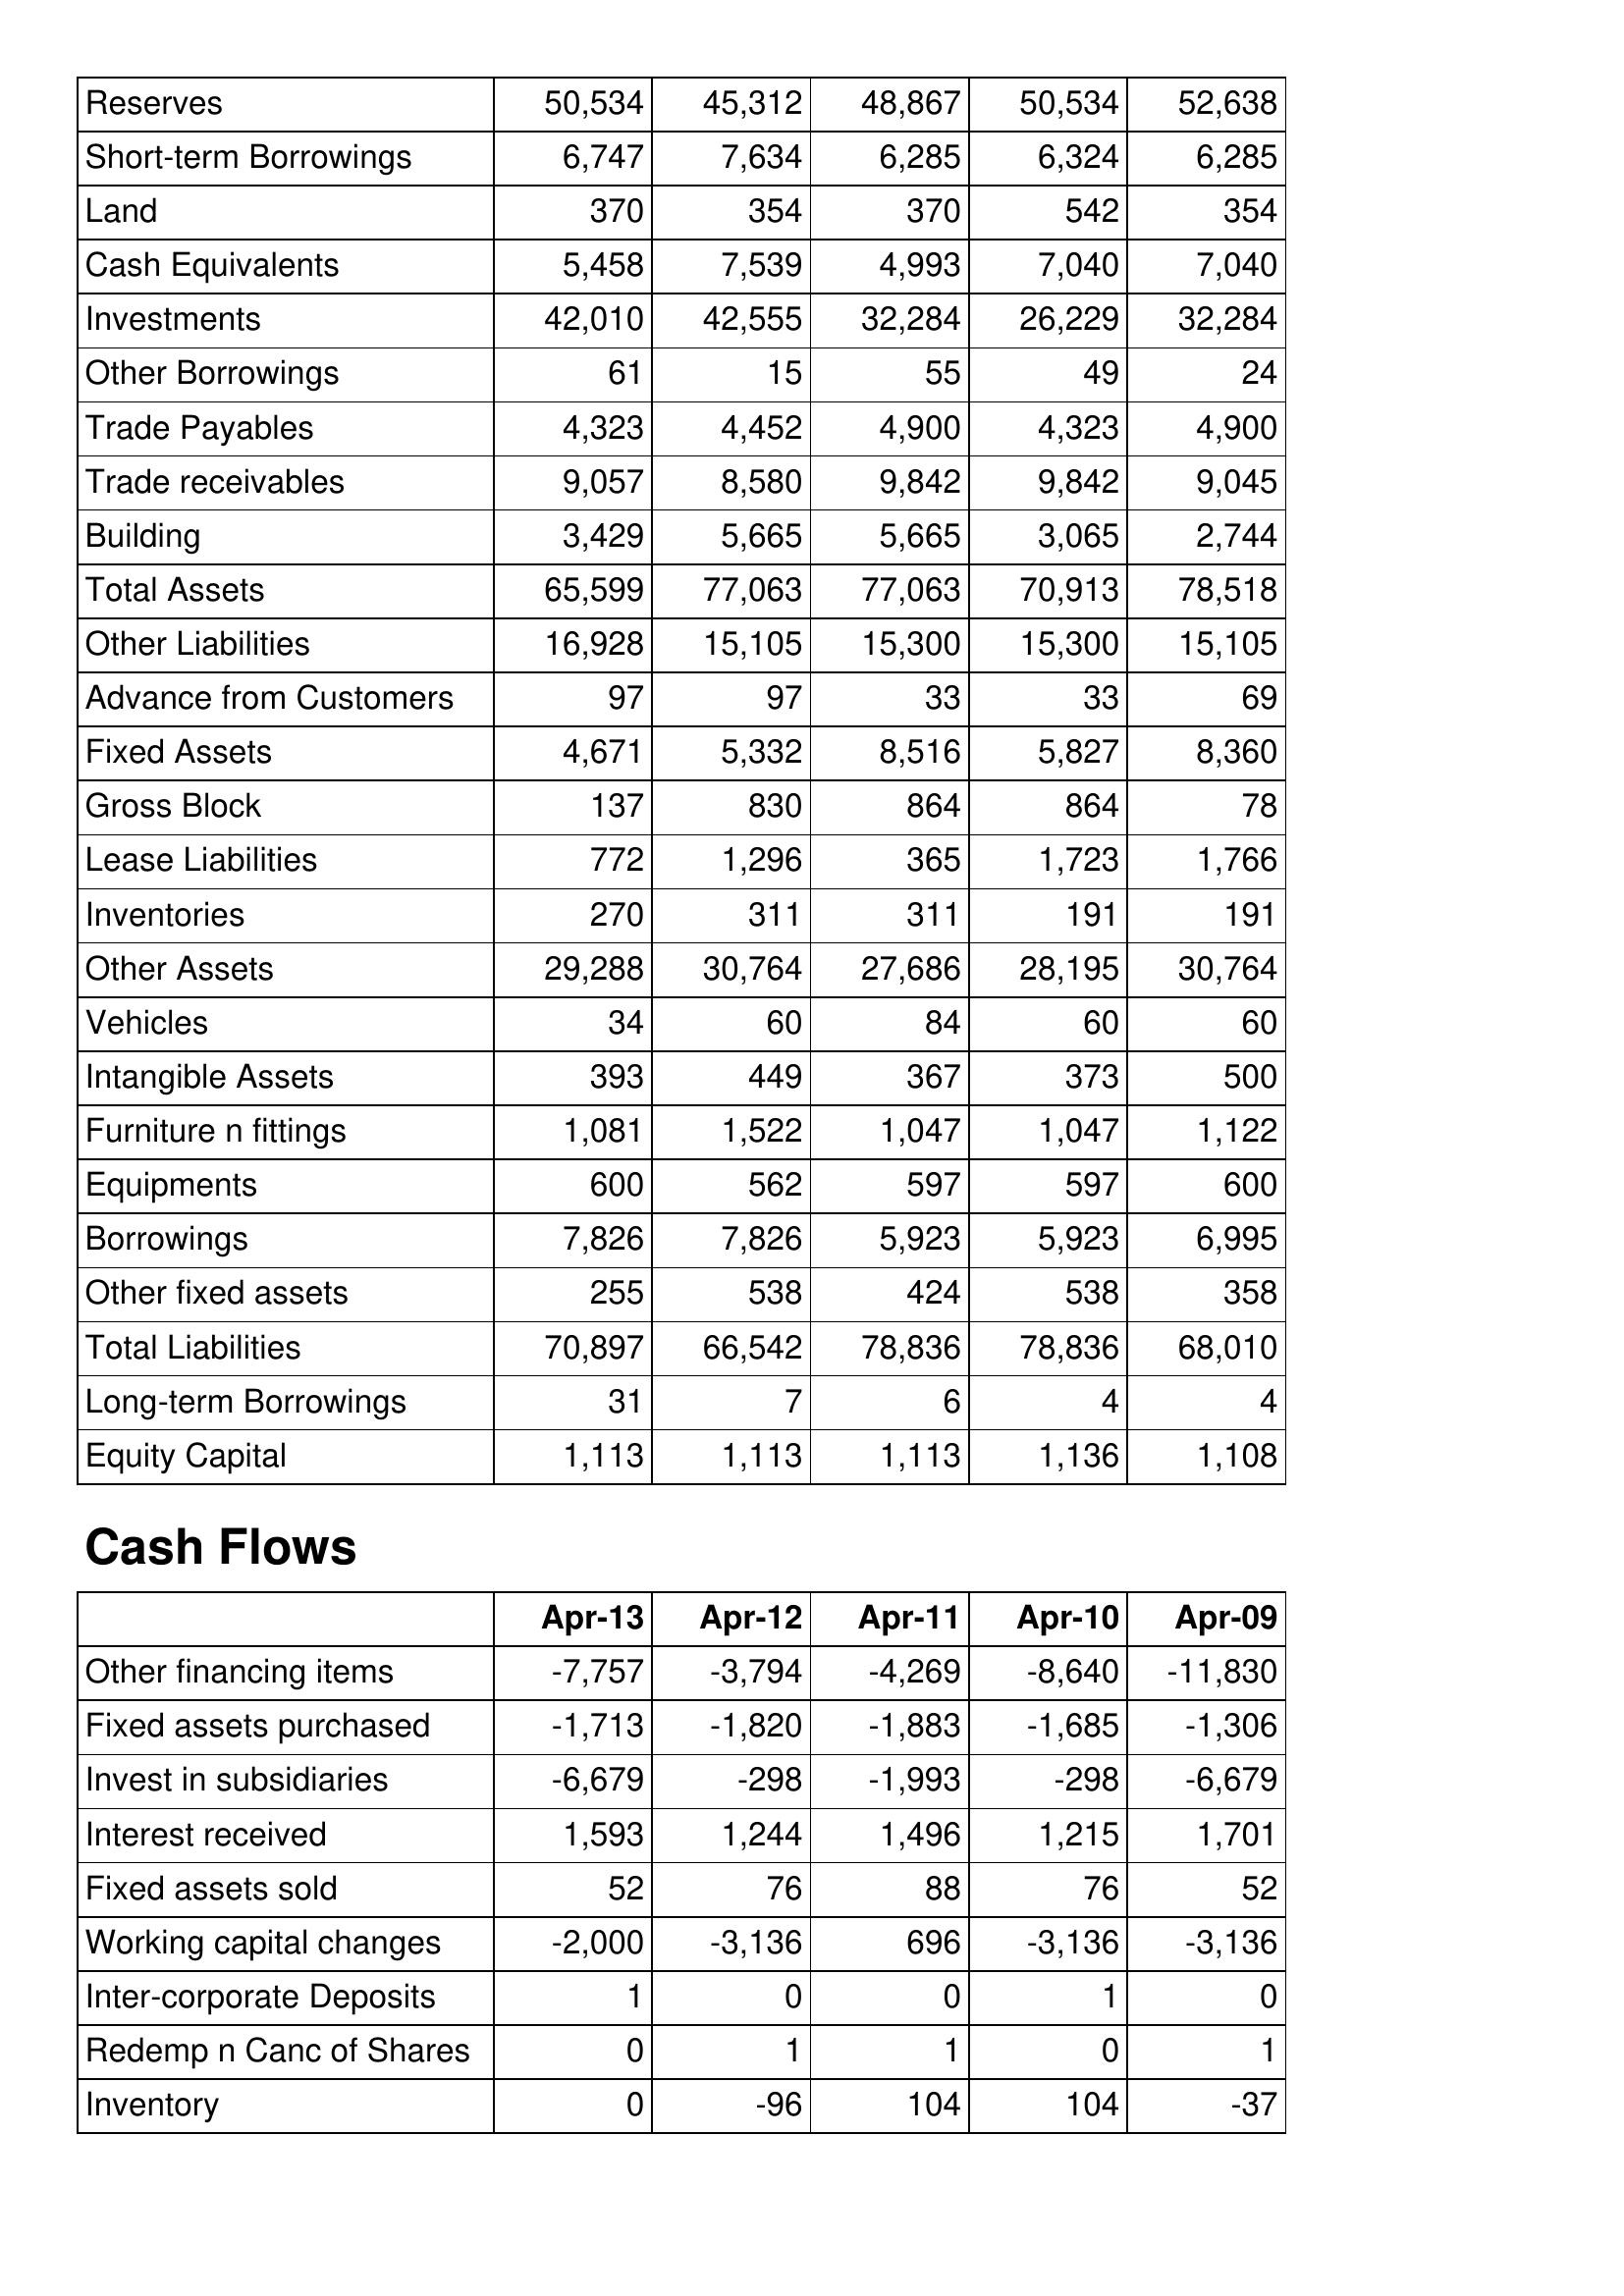
Apr-13: Balance Sheet: Reserves: 50,534
Short-term Borrowings: 6,747
Land: 370
Cash Equivalents: 5,458
Investments: 42,010
Other Borrowings: 61
Trade Payables: 4,323
Trade receivables: 9,057
Building: 3,429
Total Assets: 65,599
Other Liabilities: 16,928
Advance from Customers: 97
Fixed Assets: 4,671
Gross Block: 137
Lease Liabilities: 772
Inventories: 270
Other Assets: 29,288
Vehicles: 34
Intangible Assets: 393
Furniture n fittings: 1,081
Equipments: 600
Borrowings: 7,826
Other fixed assets: 255
Total Liabilities: 70,897
Long-term Borrowings: 31
Equity Capital: 1,113
Cash Flows: Other financing items: -7,757
Fixed assets purchased: -1,713
Invest in subsidiaries: -6,679
Interest received: 1,593
Fixed assets sold: 52
Working capital changes: -2,000
Inter-corporate Deposits: 1
Redemp n Canc of Shares: 0
Inventory: 0
Apr-12: Balance Sheet: Reserves: 45,312
Short-term Borrowings: 7,634
Land: 354
Cash Equivalents: 7,539
Investments: 42,555
Other Borrowings: 15
Trade Payables: 4,452
Trade receivables: 8,580
Building: 5,665
Total Assets: 77,063
Other Liabilities: 15,105
Advance from Customers: 97
Fixed Assets: 5,332
Gross Block: 830
Lease Liabilities: 1,296
Inventories: 311
Other Assets: 30,764
Vehicles: 60
Intangible Assets: 449
Furniture n fittings: 1,522
Equipments: 562
Borrowings: 7,826
Other fixed assets: 538
Total Liabilities: 66,542
Long-term Borrowings: 7
Equity Capital: 1,113
Cash Flows: Other financing items: -3,794
Fixed assets purchased: -1,820
Invest in subsidiaries: -298
Interest received: 1,244
Fixed assets sold: 76
Working capital changes: -3,136
Inter-corporate Deposits: 0
Redemp n Canc of Shares: 1
Inventory: -96
Apr-11: Balance Sheet: Reserves: 48,867
Short-term Borrowings: 6,285
Land: 370
Cash Equivalents: 4,993
Investments: 32,284
Other Borrowings: 55
Trade Payables: 4,900
Trade receivables: 9,842
Building: 5,665
Total Assets: 77,063
Other Liabilities: 15,300
Advance from Customers: 33
Fixed Assets: 8,516
Gross Block: 864
Lease Liabilities: 365
Inventories: 311
Other Assets: 27,686
Vehicles: 84
Intangible Assets: 367
Furniture n fittings: 1,047
Equipments: 597
Borrowings: 5,923
Other fixed assets: 424
Total Liabilities: 78,836
Long-term Borrowings: 6
Equity Capital: 1,113
Cash Flows: Other financing items: -4,269
Fixed assets purchased: -1,883
Invest in subsidiaries: -1,993
Interest received: 1,496
Fixed assets sold: 88
Working capital changes: 696
Inter-corporate Deposits: 0
Redemp n Canc of Shares: 1
Inventory: 104
Apr-10: Balance Sheet: Reserves: 50,534
Short-term Borrowings: 6,324
Land: 542
Cash Equivalents: 7,040
Investments: 26,229
Other Borrowings: 49
Trade Payables: 4,323
Trade receivables: 9,842
Building: 3,065
Total Assets: 70,913
Other Liabilities: 15,300
Advance from Customers: 33
Fixed Assets: 5,827
Gross Block: 864
Lease Liabilities: 1,723
Inventories: 191
Other Assets: 28,195
Vehicles: 60
Intangible Assets: 373
Furniture n fittings: 1,047
Equipments: 597
Borrowings: 5,923
Other fixed assets: 538
Total Liabilities: 78,836
Long-term Borrowings: 4
Equity Capital: 1,136
Cash Flows: Other financing items: -8,640
Fixed assets purchased: -1,685
Invest in subsidiaries: -298
Interest received: 1,215
Fixed assets sold: 76
Working capital changes: -3,136
Inter-corporate Deposits: 1
Redemp n Canc of Shares: 0
Inventory: 104
Apr-09: Balance Sheet: Reserves: 52,638
Short-term Borrowings: 6,285
Land: 354
Cash Equivalents: 7,040
Investments: 32,284
Other Borrowings: 24
Trade Payables: 4,900
Trade receivables: 9,045
Building: 2,744
Total Assets: 78,518
Other Liabilities: 15,105
Advance from Customers: 69
Fixed Assets: 8,360
Gross Block: 78
Lease Liabilities: 1,766
Inventories: 191
Other Assets: 30,764
Vehicles: 60
Intangible Assets: 500
Furniture n fittings: 1,122
Equipments: 600
Borrowings: 6,995
Other fixed assets: 358
Total Liabilities: 68,010
Long-term Borrowings: 4
Equity Capital: 1,108
Cash Flows: Other financing items: -11,830
Fixed assets purchased: -1,306
Invest in subsidiaries: -6,679
Interest received: 1,701
Fixed assets sold: 52
Working capital changes: -3,136
Inter-corporate Deposits: 0
Redemp n Canc of Shares: 1
Inventory: -37